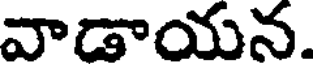
వాడాయన.